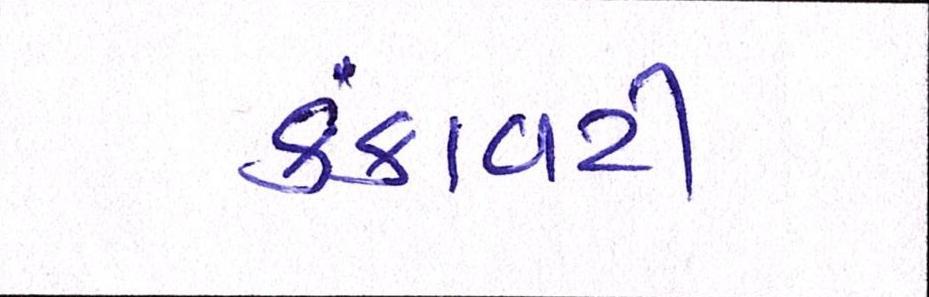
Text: કંકાવટી